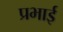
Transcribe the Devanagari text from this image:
प्रभाई